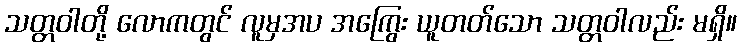
သတ္တဝါတို့ လောကတွင် လူမှအပ အကြွေး ယူတတ်သော သတ္တဝါလည်း မရှိ။